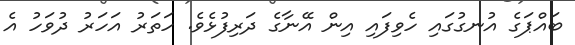
ބައްޕަގެ އުނގުގައި ހެވިފައި އިން އޭނާގެ ދަރިފުޅެވެ. ހަތަރު އަހަރު ދުވަހު އެ